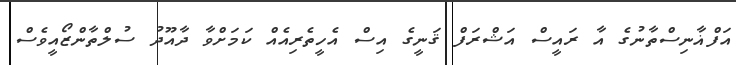
އަފްޣާނިސްތާނުގެ އާ ރައީސް އަޝްރަފް ޤަނީގެ އިސް އެހީތެރިއެއް ކަމަށްވާ ދާއޫދު ސުލްތާންޒޯއީވެސް